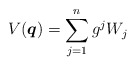
\begin{gather*} V(\boldsymbol{q})=\sum_{j=1}^n g^j W_j\end{gather*}